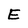
Character: E